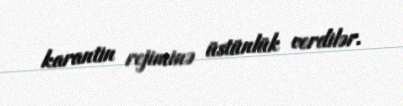
karantin rejiminə üstünlük verdilər.